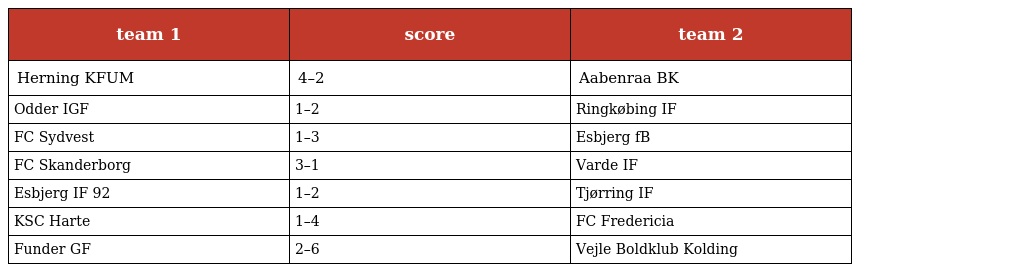
| team 1 | score | team 2 |
 | --- | --- | --- |
 | Herning KFUM | 4–2 | Aabenraa BK |
 | Odder IGF | 1–2 | Ringkøbing IF |
 | FC Sydvest | 1–3 | Esbjerg fB |
 | FC Skanderborg | 3–1 | Varde IF |
 | Esbjerg IF 92 | 1–2 | Tjørring IF |
 | KSC Harte | 1–4 | FC Fredericia |
 | Funder GF | 2–6 | Vejle Boldklub Kolding |